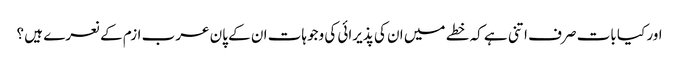
اور کیا بات صرف اتنی ہے کہ خطے میں ان کی پذیرائی کی وجوہات ان کے پان عرب ازم کے نعرے ہیں ؟